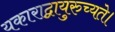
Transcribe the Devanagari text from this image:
यकाराद्वायुरुच्यते।